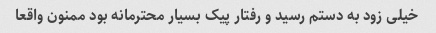
خیلی زود به دستم رسید و رفتار پیک بسیار محترمانه بود ممنون واقعا